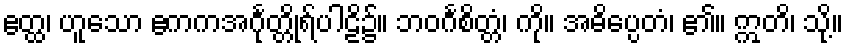
ဧတ္ထ၊ ဟူသော ဧကကအင်္ဂုတ္တိုရ်ပါဠိ၌။ ဘဝင်္ဂစိတ္တံ၊ ကို။ အဓိပ္ပေတံ၊ ၏။ ဣတိ၊ သို့။